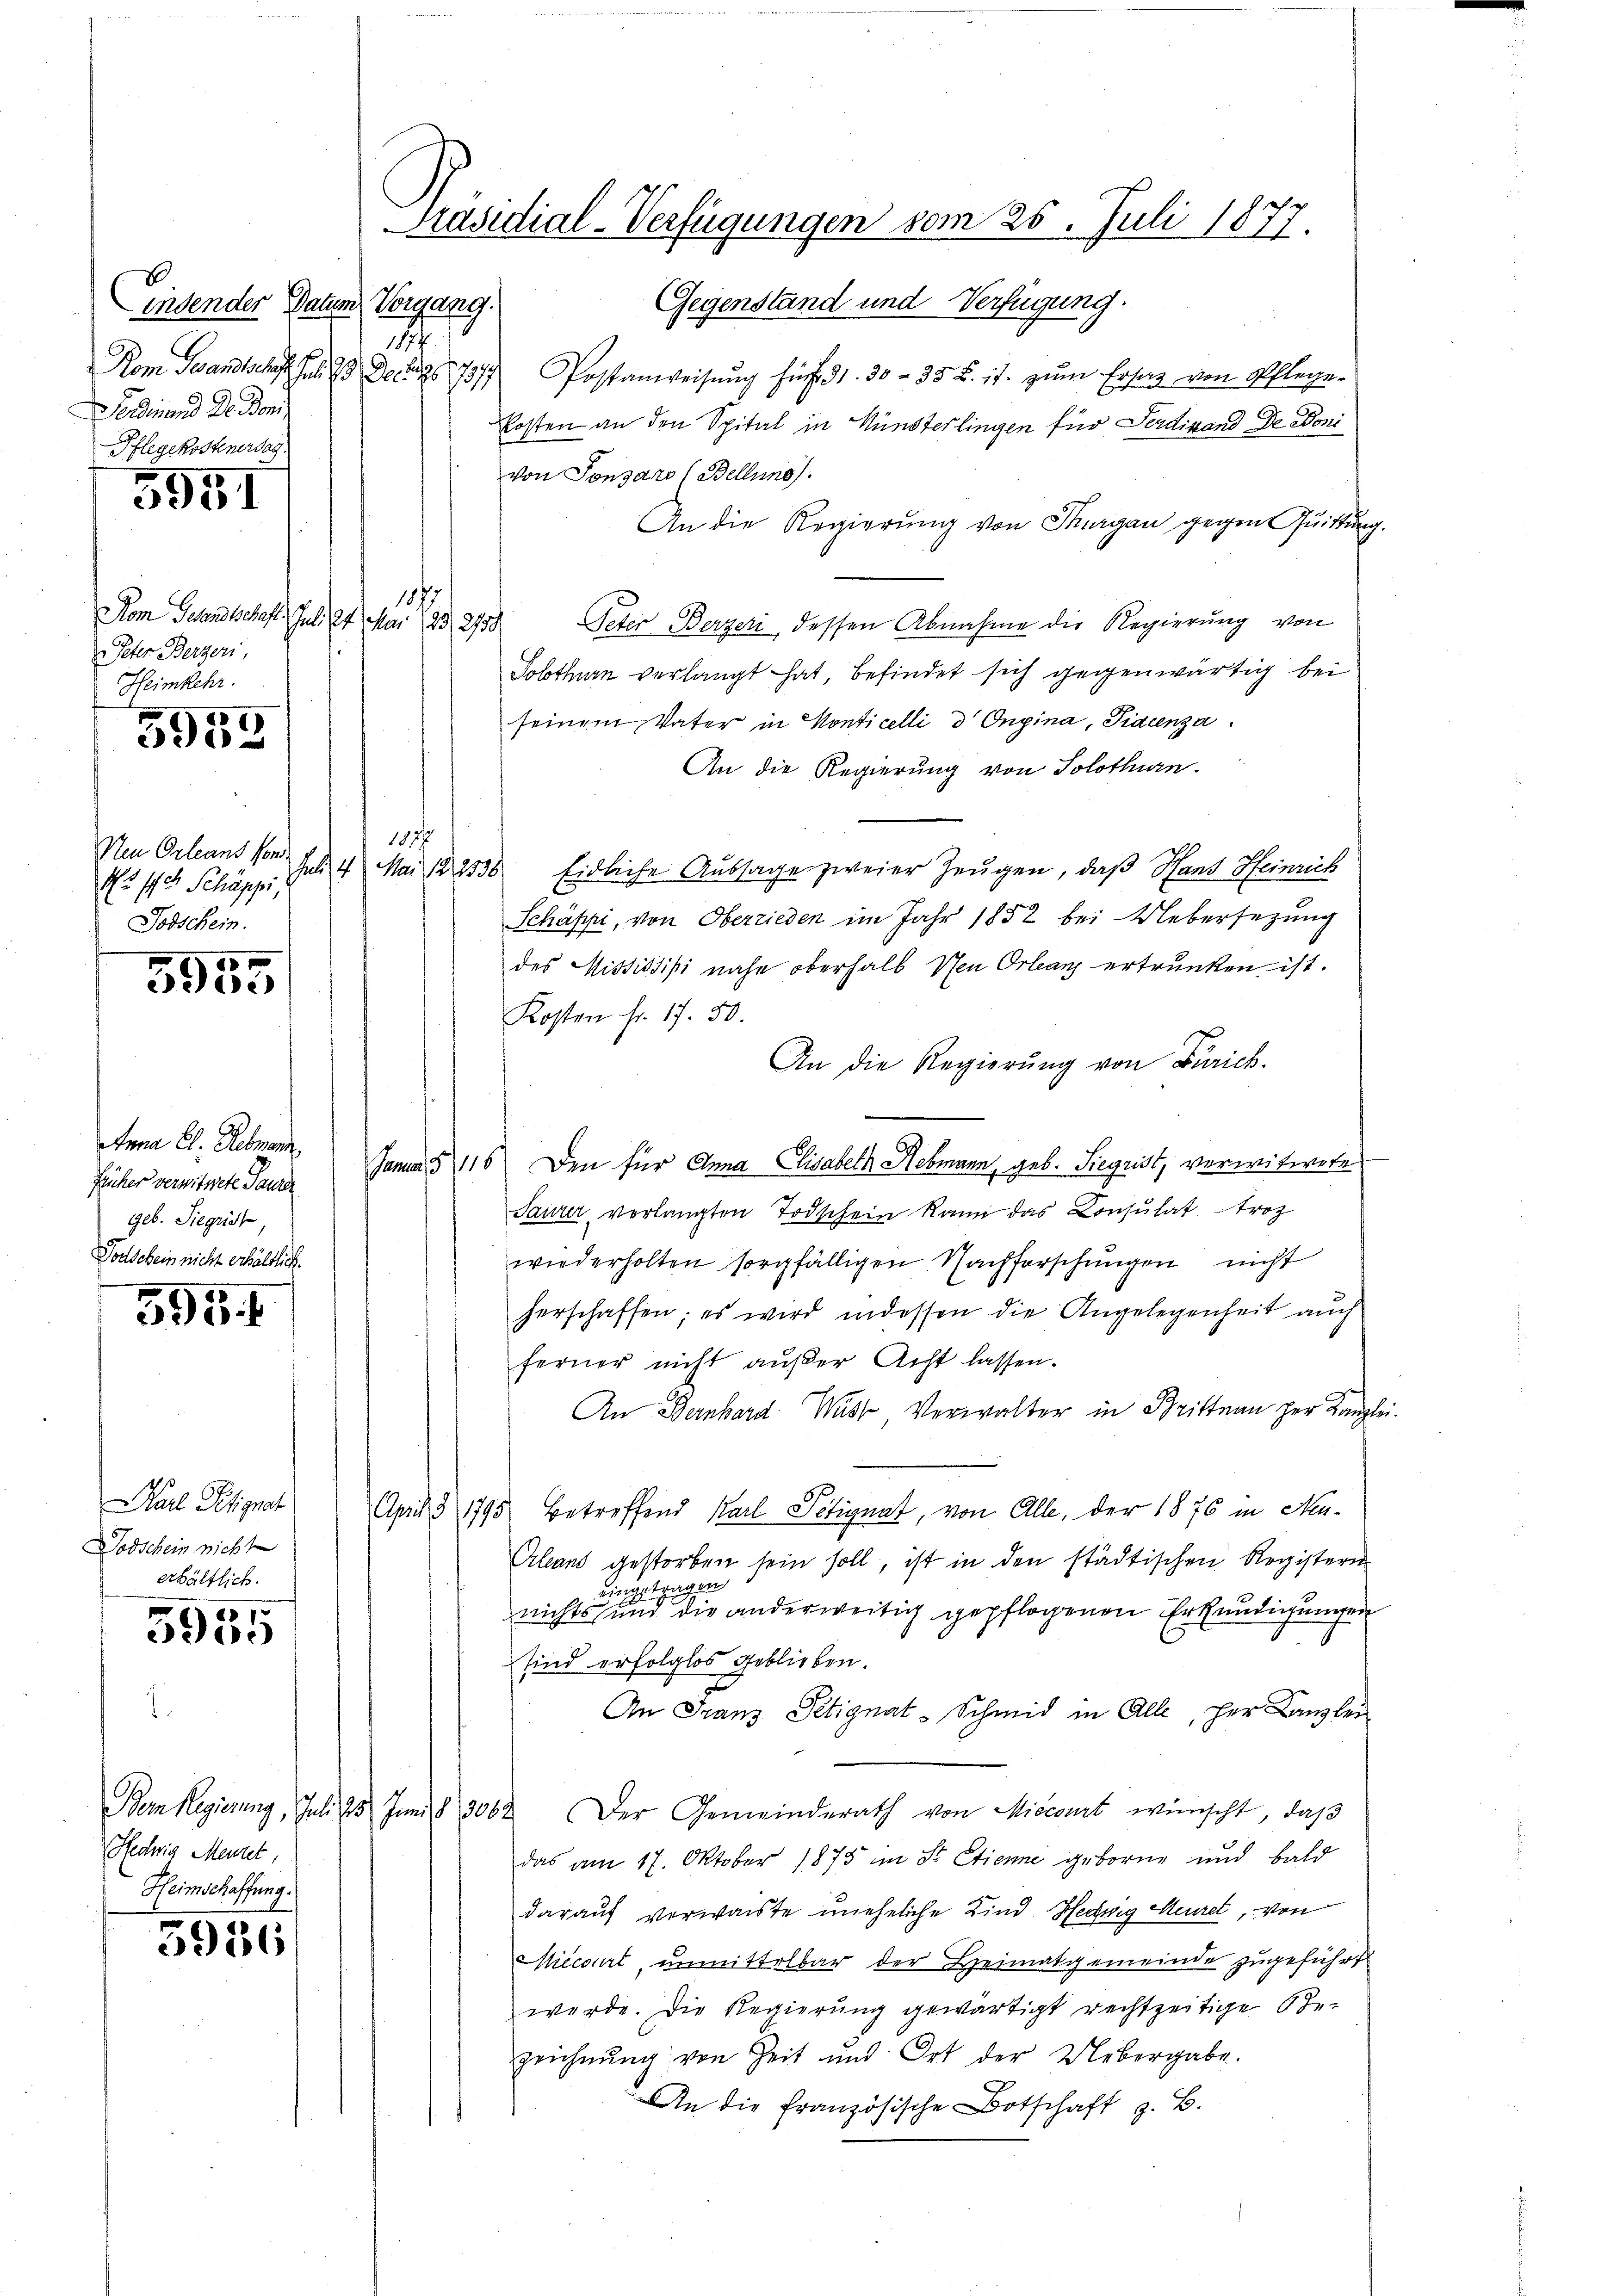
indender Datum Vorgang.
1
Kom Gesandtschaft Fr. 19. Dez. 1877
Ferdinand Dr. Boni
Pflegekostenersag

595

187
Nom Gelandschaft. Juli lt. Mai 129, 279.
Peter Bergeri
Heimkehr.

5952

Neu Orleans von
Jul, 4 Mai 122536
45 ff. Schäppi,
Todschein.

5900

tena El. Rebmann,
Frücher verwitwete Sauer
geb. Siegrist,
Todschein nicht erhältlich.

595. f

Parl Petignat
Dodschein nicht
erhältlich.

5955

Redwig Mehret,
Heimschaffung.

5956

Postanweisŭng fürf 31. 30 - 35 f. 11. zŭm Ersatz von Pflege-
Kosten an den Spital in Künsterlingen für Ferdinand De Boni
von Tonsaro (Bellins.
An die Regierung von Thurgau gegen Quittung.
Peter Berzeri, dessen Abnahme die Regierung von
Solothurn verlangt hat, befindet sich gegenwärtig bei
seinem Vater in Konticelli d Ongina, Fidcenza
An die Regierung von Solothurn.
Eidliche Aussage zweier Zeugen, daß Hand Heinrich
Schäppi, von Oberrieden im Jahr 1882 bei Uebersezung
des Missistihi nahe oberhalb Neu Orleanz ertrunken ist.
Kosten fr. 17. 50.
An die Regierŭng von Zürich.
Januar § 116. Den für Anna Elisabeth Sebmann, geb. Siegrist, verwitwete
Saurer verlangten Todschein kann das Consulat Troz
wiederholten sorgfälligen Nachforschungen nicht
herschaffen; es wird indessen die Angelegenheit auch
ferner nicht außer Acht lassen.
An Bernhard Wask, Verwalter in Brittnau per Kanzle
April § 1795 betreffend Karl Petignat, von Alle, der 1876 in Neu¬
Orleant gestorben sein soll, ist in den städtischen Registern
eingetragen
nichts und die anderweitig gepflogenen Erkundigungen
sind erfolglos geblieben.
An Franz Petignat-Schmid in Alle, her Kanzlei
Bern Regierung, Juli 25 Juni 8 3062. Der Gemeinderath von Miecourt wünscht, daβ
das am 17. Oktober 1875 im St. Etienne geborne und bald
darauf verwaiste uneheliche Kind Hedwig Meurel, von
Micorirt, unmittelbar der Heimatgemeinde zugeführt
werde. Die Regierung gewärtigt rechtzeitige Ge-
zeichnung von Zeit und Ort der Uebergabe.
An die französische Botschaft z. B.

Präsidial-Verfügungen vom 25. Juli 1877.
Gegenstand und Verfügung.

185